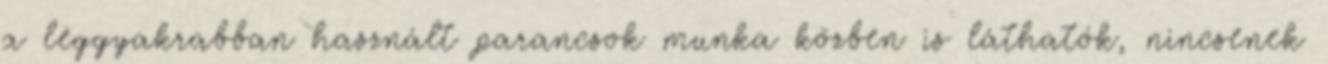
a leggyakrabban használt parancsok munka közben is láthatók, nincsenek